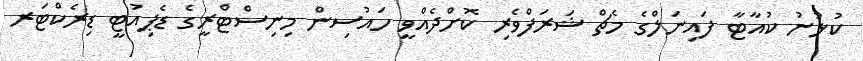
ކުޅުނު ކުއާޓާ ފައިނަލްގެ މެޗް ޝަރަފްވެރި ކޮށްދެއްވީ ހައުސިން މިނިސްޓްރީގެ ޑެޕިއުޓީ ޑިރެކްޓަރ